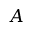
A